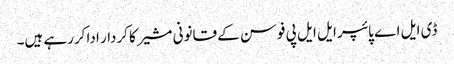
ڈی ایل اے پائپر ایل ایل پی فوسن کے قانونی مشیر کا کردار ادا کررہے ہیں۔